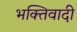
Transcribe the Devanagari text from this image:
भक्तिवादी